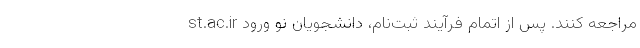
st.ac.ir مراجعه کنند. پس از اتمام فرآیند ثبت‌نام، دانشجویان نو ورود